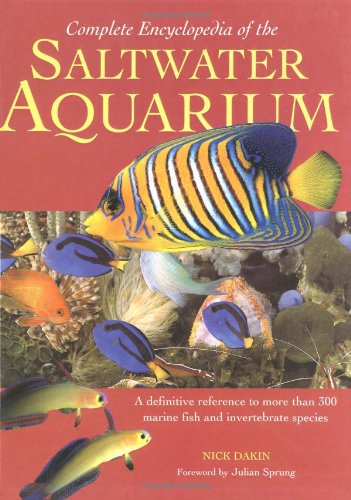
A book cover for Complete Encyclopedia of the Saltwater Aquarium; Nick Dakin; Sports & Outdoors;